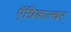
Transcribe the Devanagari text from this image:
ऍग्रिकल्चर